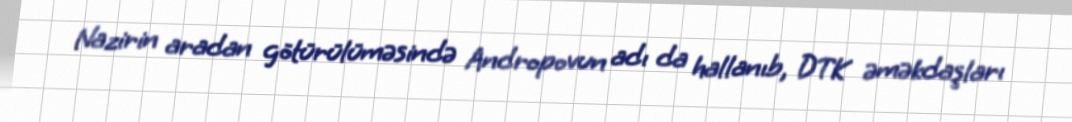
Nazirin aradan götürülüməsində Andropovun adı da hallanıb, DTK əməkdaşları